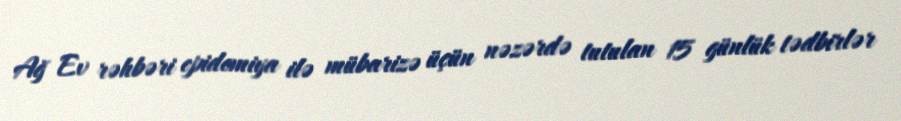
Ağ Ev rəhbəri epidemiya ilə mübarizə üçün nəzərdə tutulan 15 günlük tədbirlər